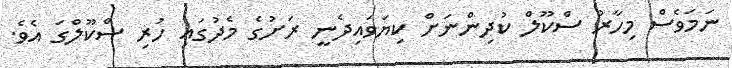
ނަމަވެސް މިހާރު ސްކޫލް ކުދިންނަށް ކިޔަވައިދެނީ ރަށުގެ މެދުގައި ހުރި ސްކޫލްގަ އެވެ.